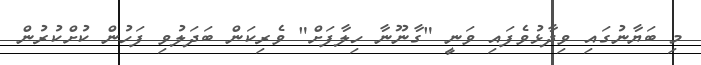
މި ބަޔާނުގައި ވިދާޅުވެފައި ވަނީ "ގާނޫނާ ހިލާފަށް" ވެރިކަން ބަދަލުވި ފަހުން ކުށްކުރުން